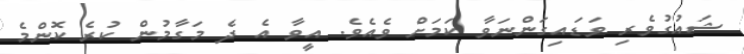
ޝައުގުވެރި ވަޑައިގަންނަވާ ކަމަށް ވެއެވެ. އީވާ އެ ދެ މަގާމުން ކުރެ ކޮންމެ